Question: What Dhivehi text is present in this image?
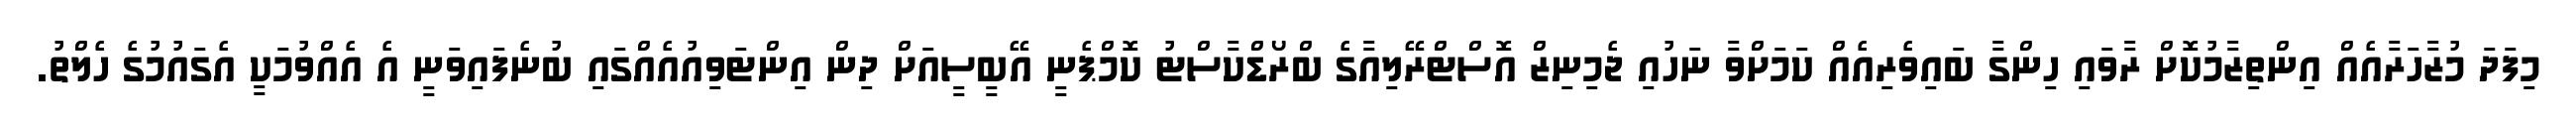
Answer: މިފަދަ މުޒާހަރާއެއް އިންތިޒާމުކޮށް ރާވައި ހިންގާ ބައިވެރިއެއް ކަމަށްވާ ނަހުއި ޖެމިނިޒް އޮސްޓްރޭލިއާގެ ބްރޯޑްކާސްޓު ކޮމްޕެނީ އޭބީސީއަށް ދިން އިންޓަވިއުއެއްގައި ބުނެފައިވަނީ އެ އެއްވުމަކީ އެގައުމުގެ ހެލްތު.